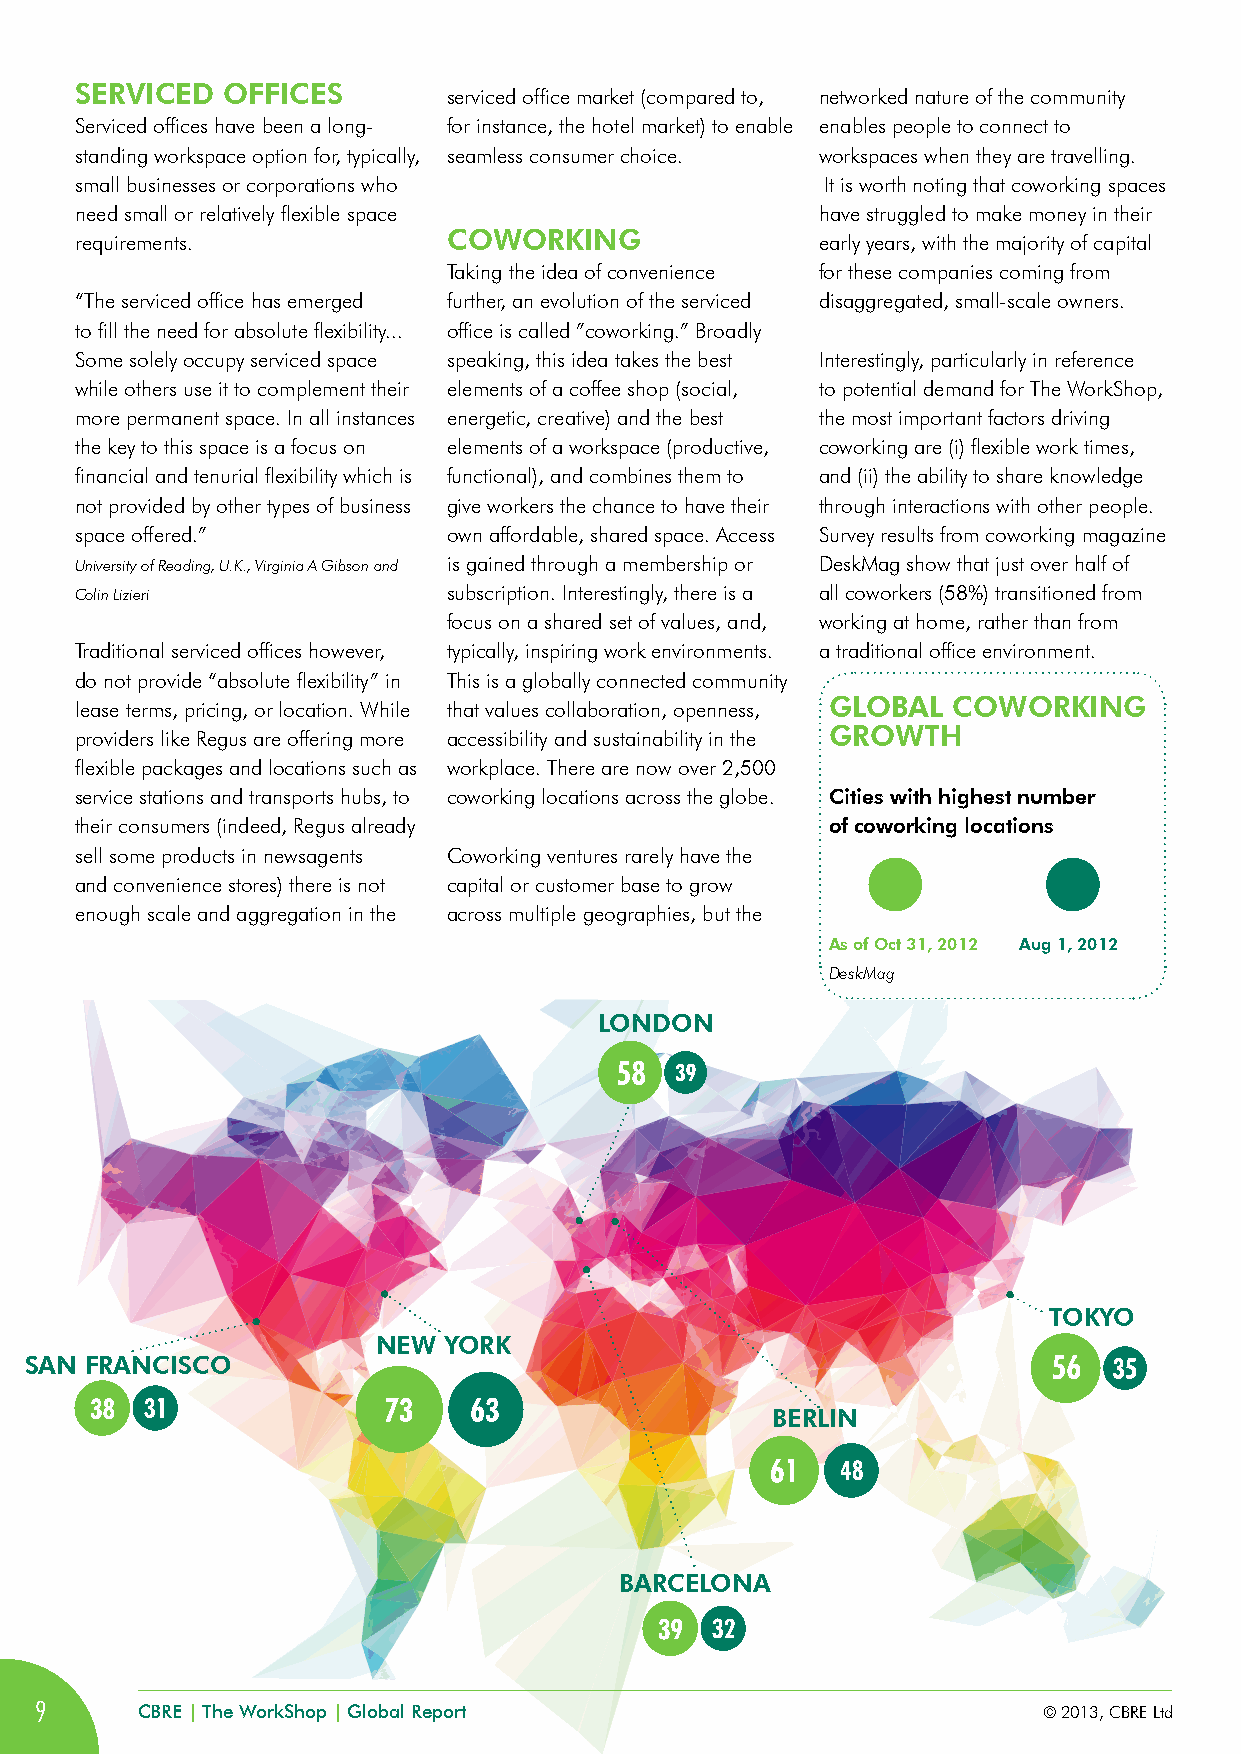
SERviCED  OffiCES
 serviced office market (compared to, networked nature of the community
 Serviced offices have been a long- for instance, the hotel market) to enable enables people to connect to
 standing workspace option for, typically, seamless consumer choice. workspaces when they are travelling.
 small businesses or corporations who              It is worth noting that coworking spaces
 need small or relatively flexible space          have struggled to make money in their
 COWORKiNG
 requirements.                                    early years, with the majority of capital
 Taking the idea of convenience for these companies coming from
 “The serviced office has emerged further, an evolution of the serviced disaggregated, small-scale owners.
 to fill the need for absolute flexibility... office is called ”coworking.” Broadly
 Some solely occupy serviced space speaking, this idea takes the best Interestingly, particularly in reference
 while others use it to complement their elements of a coffee shop (social, to potential demand for The WorkShop,
 more permanent space. In all instances energetic, creative) and the best the most important factors driving
 the key to this space is a focus on elements of a workspace (productive, coworking are (i) flexible work times,
 financial and tenurial flexibility which is functional), and combines them to and (ii) the ability to share knowledge
 not provided by other types of business give workers the chance to have their through interactions with other people.
 space offered.”          own affordable, shared space. Access Survey results from coworking magazine
 University of Reading, U.K., Virginia A Gibson and is gained through a membership or DeskMag show that just over half of
 Colin Lizieri            subscription. Interestingly, there is a all coworkers (58%) transitioned from
 focus on a shared set of values, and, working at home, rather than from
 Traditional serviced offices however, typically, inspiring work environments. a traditional office environment.
 do not provide “absolute flexibility” in This is a globally connected community
 GLOBAL  COWORKiNG
 lease terms, pricing, or location. While that values collaboration, openness,
 GROWTH
 providers like Regus are offering more accessibility and sustainability in the
 flexible packages and locations such as workplace. There are now over 2,500
 service stations and transports hubs, to coworking locations across the globe. Cities with highest number
 their consumers (indeed, Regus already            of coworking locations
 sell some products in newsagents Coworking ventures rarely have the
 and convenience stores) there is not capital or customer base to grow
 enough scale and aggregation in the across multiple geographies, but the
 As of Oct 31, 2012 Aug 1, 2012
 DeskMag
 LONDON
 TOKyO
 NEW yORK
 SAN fRANCiSCO
 BERLiN
 BARCELONA
 9      CBRE | The WorkShop | Global Report                         © 2013, CBRE Ltd